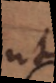
ut